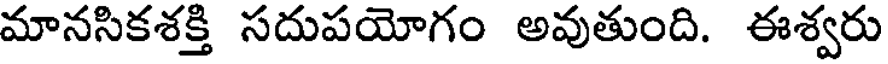
మానసికశక్తి సదుపయోగం అవుతుంది. ఈశ్వరు